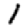
Digit: 1